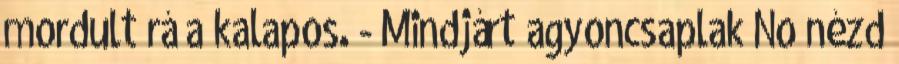
mordult rá a kalapos. - Mindjárt agyoncsaplak No nézd